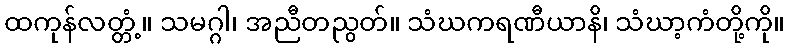
ထကုန်လတ္တံ့။ သမဂ္ဂါ၊ အညီတညွတ်။ သံဃကရဏီယာနိ၊ သံဃာ့ကံတို့ကို။